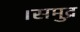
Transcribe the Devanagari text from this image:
।समुद्र